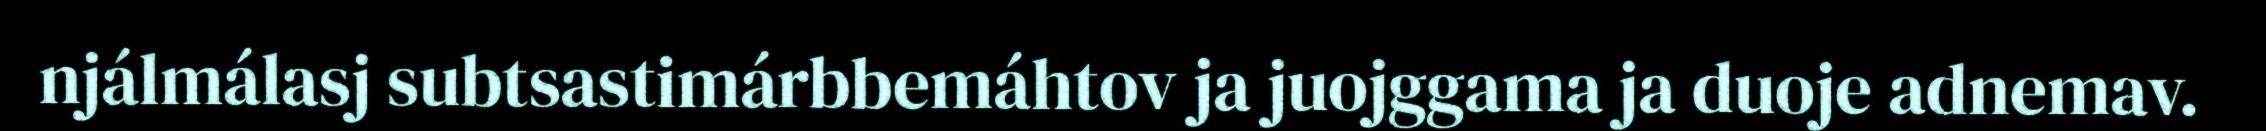
njálmálasj subtsastimárbbemáhtov ja juojggama ja duoje adnemav.